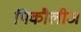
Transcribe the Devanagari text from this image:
पिकौलीज